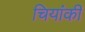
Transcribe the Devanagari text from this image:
चियांकी